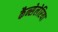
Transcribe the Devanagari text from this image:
कैन्सेलेरिया